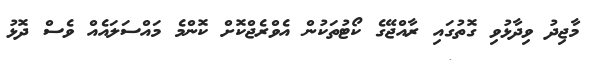
މާޖިދު ވިދާޅުވި ގޮތުގައި ރާއްޖޭގެ ކޯޓުތަކުން އެވްރެޖްކޮށް ކޮންމެ މައްސަލައެއް ވެސް ދޮޅު